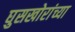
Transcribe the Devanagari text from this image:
घुसखोरांच्या